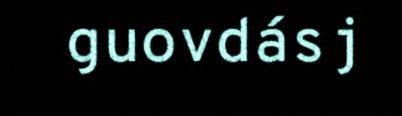
guovdásj